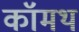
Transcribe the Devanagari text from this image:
कॉमथ